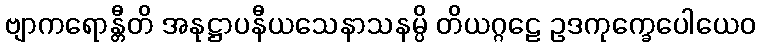
ဗျာကရောန္တီတိ အနုဋ္ဌာပနီယသေနာသနမ္ပိ တိယဂ္ဂဠေ ဥဒကုက္ခေပေါယေဝ